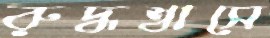
রুদ্ধশ্বাসে